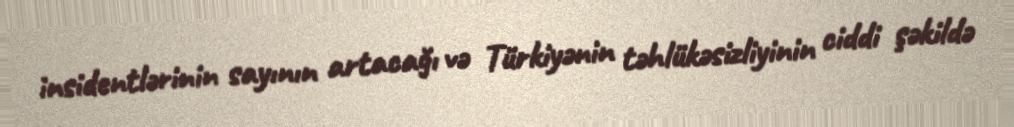
insidentlərinin sayının artacağı və Türkiyənin təhlükəsizliyinin ciddi şəkildə